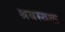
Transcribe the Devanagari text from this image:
श्रवस्तक